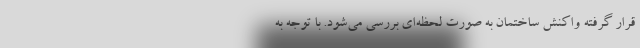
قرار گرفته واکنش ساختمان به صورت لحظه‌ای بررسی می‌شود. با توجه به